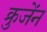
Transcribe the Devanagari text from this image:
क्रुजेंन